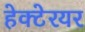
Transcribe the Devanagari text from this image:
हेक्टेरयर